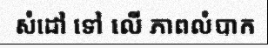
សំដៅ ទៅ លើ ភាពលំបាក